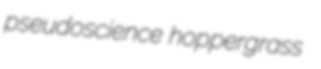
pseudoscience hoppergrass